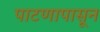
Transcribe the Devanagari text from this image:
पाटणापासून